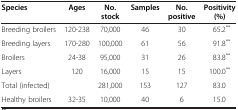
<table><thead><tr><td><b>Species</b></td><td><b>Ages</b></td><td><b>No. stock</b></td><td><b>Samples</b></td><td><b>No. positive</b></td><td><b>Positivity (%)</b></td></tr></thead><tbody><tr><td>Breeding broilers</td><td>120-238</td><td>70,000</td><td>46</td><td>30</td><td>65.2<sup>**</sup></td></tr><tr><td>Breeding layers</td><td>170-280</td><td>100,000</td><td>61</td><td>56</td><td>91.8<sup>**</sup></td></tr><tr><td>Broilers</td><td>24-38</td><td>95,000</td><td>31</td><td>26</td><td>83.8<sup>**</sup></td></tr><tr><td>Layers</td><td>120</td><td>16,000</td><td>15</td><td>15</td><td>100.0<sup>**</sup></td></tr><tr><td>Total (infected)</td><td> </td><td>281,000</td><td>153</td><td>127</td><td>83.0</td></tr><tr><td>Healthy broilers</td><td>32-35</td><td>10,000</td><td>40</td><td>6</td><td>15.0</td></tr></tbody></table>